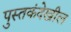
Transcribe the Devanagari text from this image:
पुस्तकंदेखील